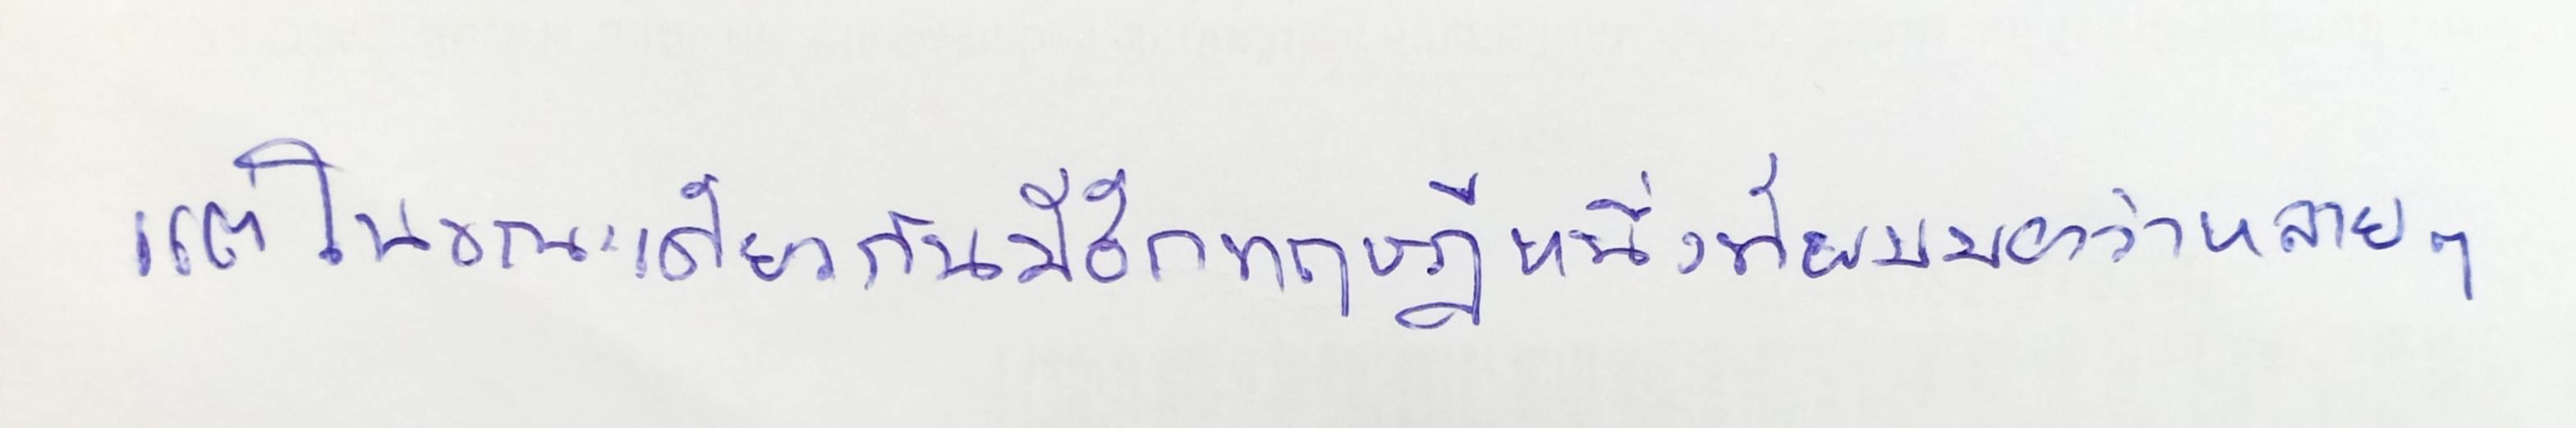
แต่ในขณะเดียวกันมีอีกทฤษฎีหนึ่งที่ผมมองว่าหลายๆ